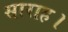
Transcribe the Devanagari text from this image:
साराह।